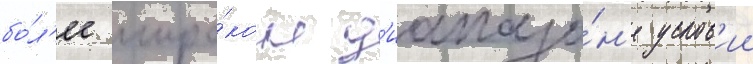
бо́л'ее широ́ком д'иапазо́н'е услов'ии